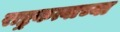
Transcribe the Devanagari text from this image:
राष्ट्रकत्वाच्या